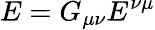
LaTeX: E=G_{\mu\nu}E^{\nu\mu}